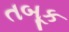
તબૂક